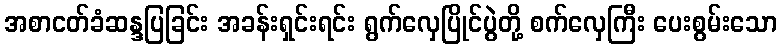
အစာငတ်ခံဆန္ဒပြခြင်း အခန်းရှင်းရင်း ရွက်လှေပြိုင်ပွဲတို့ စက်လှေကြီး ပေးစွမ်းသော